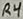
Text: R4